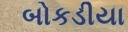
બોકડીયા